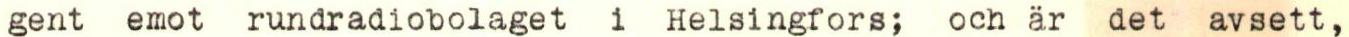
gent emot rundradiobolaget i Helsingfors; och är det avsett,